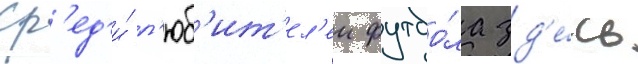
Ср'ед'и́ л'юб'ит'ел'еи футбо́ла зд'е́сь